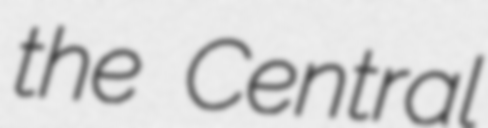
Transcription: the Central